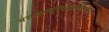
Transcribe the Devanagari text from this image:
यत्तज्जगदुदयरक्षाप्रलयकृत्।